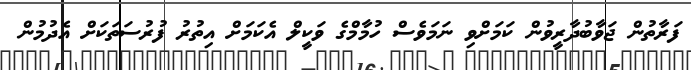
ފަރާތުން ޖަވާބުދާރީވުން ކަމަށްވި ނަމަވެސް ހުމާމްގެ ވަކީލް އެކަމަށް އިތުރު ފުރުސަތަކަށް އެދުމުން